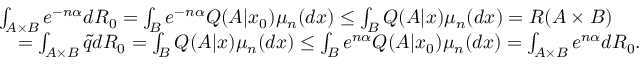
\begin{array} { r l } & { \int _ { A \times B } e ^ { - n \alpha } d R _ { 0 } = \int _ { B } e ^ { - n \alpha } Q ( A | x _ { 0 } ) \mu _ { n } ( d x ) \le \int _ { B } Q ( A | x ) \mu _ { n } ( d x ) = R ( A \times B ) } \\ & { \quad = \int _ { A \times B } \tilde { q } d R _ { 0 } = \int _ { B } Q ( A | x ) \mu _ { n } ( d x ) \le \int _ { B } e ^ { n \alpha } Q ( A | x _ { 0 } ) \mu _ { n } ( d x ) = \int _ { A \times B } e ^ { n \alpha } d R _ { 0 } . } \end{array}